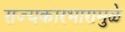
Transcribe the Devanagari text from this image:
राज्यकारभारामुळे